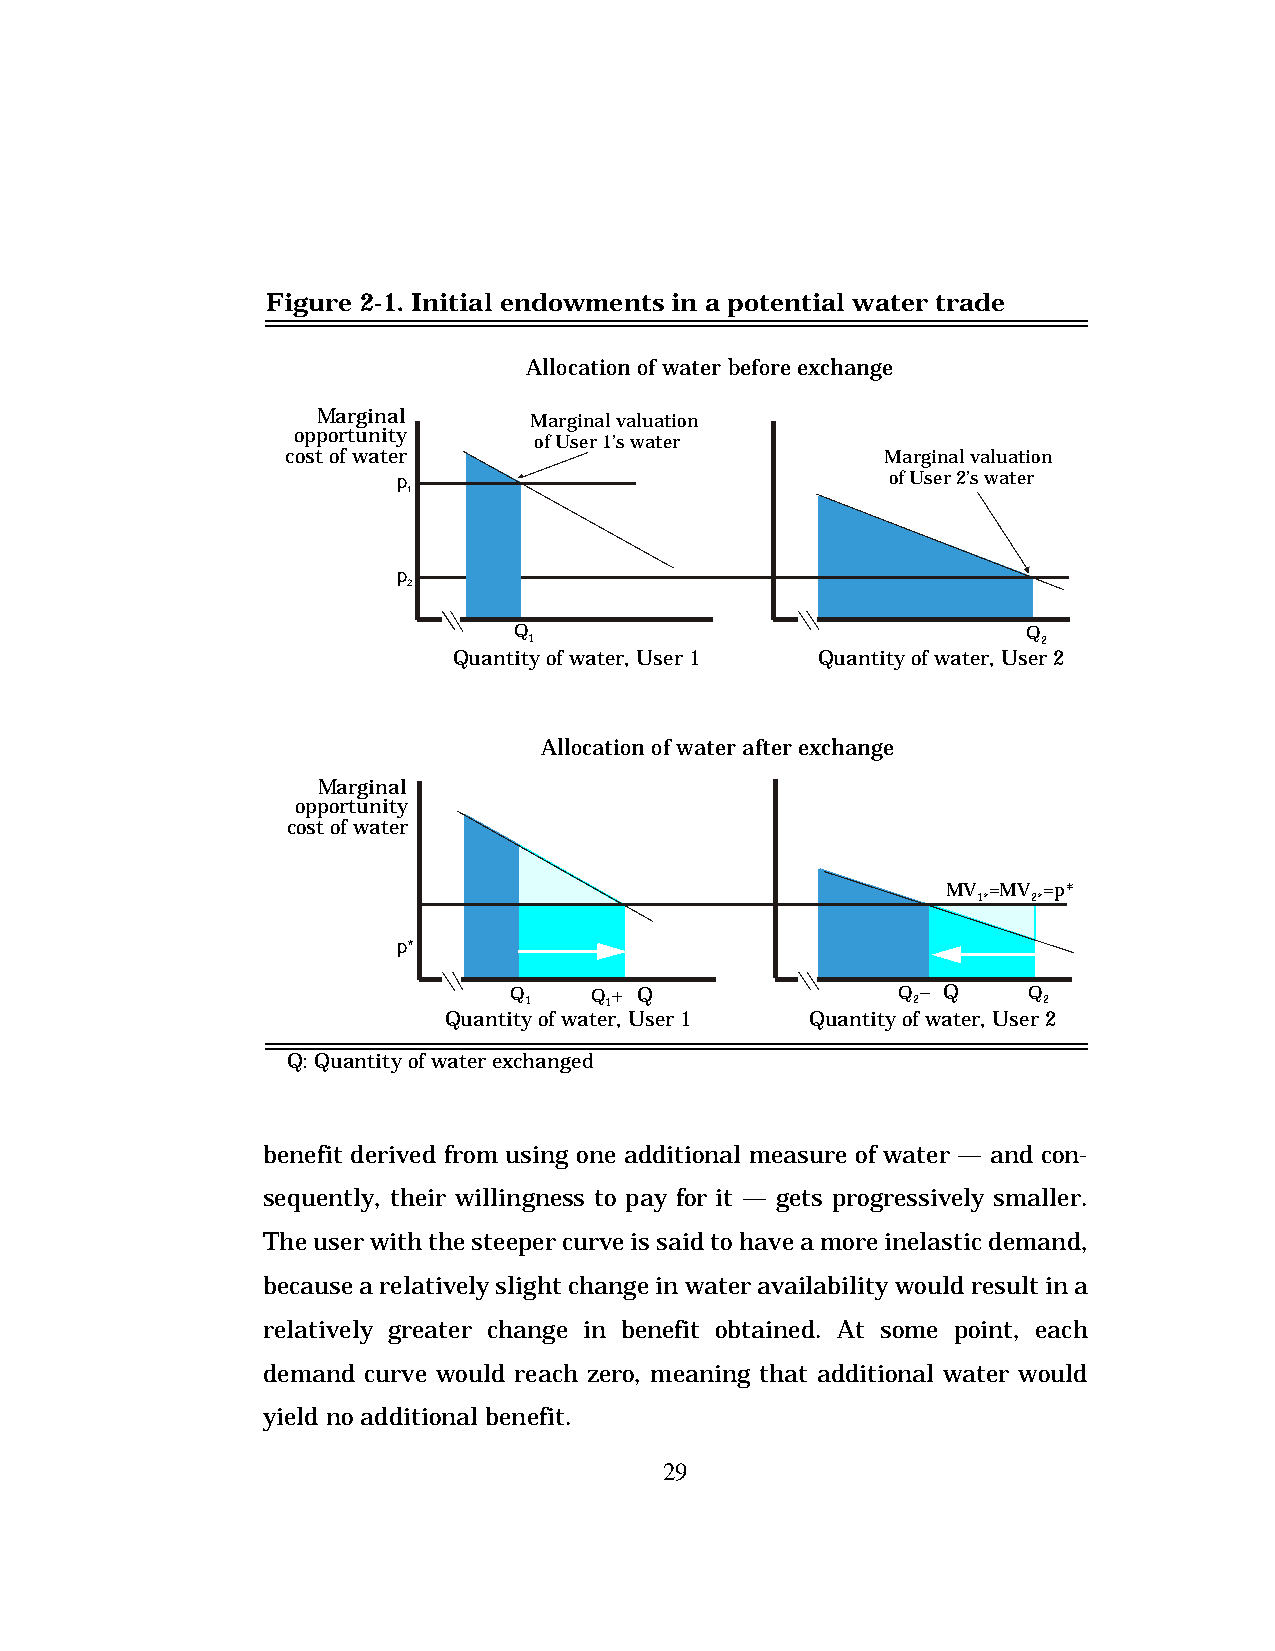
Figure 2-1. Initial endowments in a potential water trade
 Allocation of water before exchange
 Marginal      Marginal valuation
 opportunity
 of User 1’s water
 cost of water                           Marginal valuation
 p                                of User 2’s water
 1
 p
 2
 Q                                 Q
 1                                 2
 Quantity of water, User 1 Quantity of water, User 2
 Allocation of water after exchange
 Marginal
 opportunity
 cost of water
 MV =MV =p*
 1* 2*
 p*
 Q    Q+D Q               Q–D Q    Q
 1    1                   2        2
 Quantity of water, User 1 Quantity of water, User 2
 D Q: Quantity of water exchanged
 benefit derived from using one additional measure of water — and con-
 sequently, their willingness to pay for it — gets progressively smaller.
 The user with the steeper curve is said to have a more inelastic demand,
 because a relatively slight change in water availability would result in a
 relatively greater change in benefit obtained. At some point, each
 demand curve would reach zero, meaning that additional water would
 yield no additional benefit.
 29